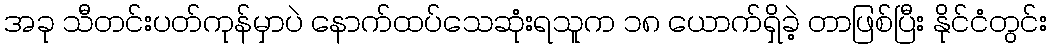
အခု သီတင်းပတ်ကုန်မှာပဲ နောက်ထပ်သေဆုံးရသူက ၁၈ ယောက်ရှိခဲ့ တာဖြစ်ပြီး နိုင်ငံတွင်း